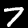
Label: 7